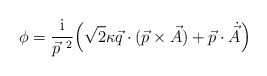
\begin{align*}\phi = \frac{\rm i}{\vec p^{~2}} \Bigl( \sqrt{2} \kappa \vec q \cdot (\vec p\times \vec A) + \vec p \cdot \dot{\vec A }\Bigr)\end{align*}